Indian Medical Review
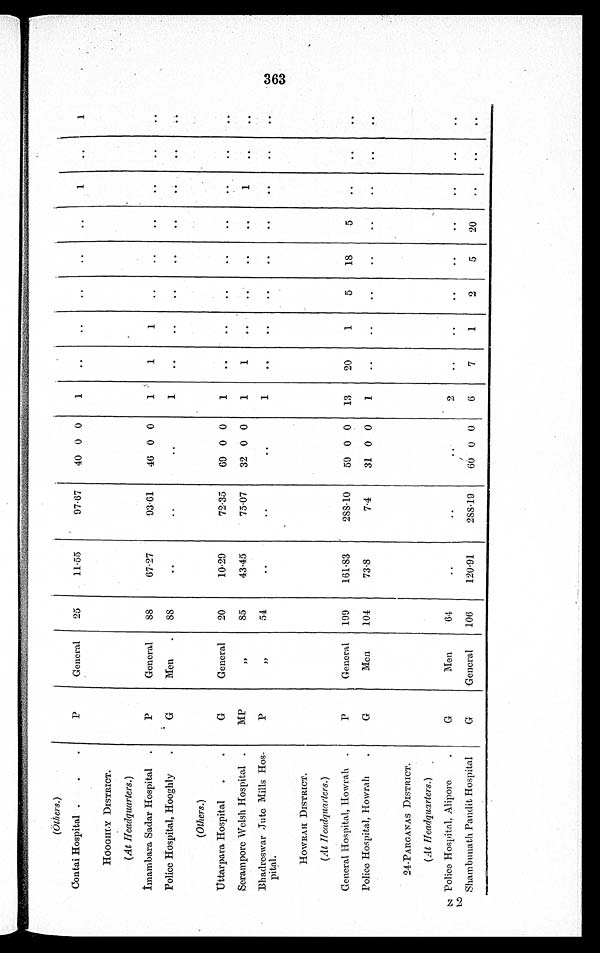
(Others.)
Contai Hospital
P
General
25
11·55
97·67
40 0 0
1
..
..
..
..
..
1
. .
1
HOOGHLY DISTRICT.
(At Headquarters.)
Imambara Sadar Hospital
P
General
8 8
67·27
93·61
46 0 0
1
1
1
. .
..
. .
. .
. .
. .
Police Hospital, Hooghly
G
Men
88
..
..
..
1
..
..
. .
. .
. .
. .
. .
. .
(Others.)
Uttarpara Hospital
G
General
20
10·29
72·35
69 0 0
1
..
..
..
..
. .
. .
. .
. .
Serampore Welsh Hospital
MP
, ,
85
43·45
75·07
32 0 0
1
1
. .
. .
. .
. .
1
. .
. .
Bhadreswar Jute Mills Hos-
pital.
P
, ,
54
. .
. .
. .
1
. .
. .
. .
..
..
. .
. .
. .
HOWRAH DISTRICT.
(At Headquarters.)
General Hospital, Howrah
P
General
199
161·83
288·10
59 0 0
13
20
1
5
18
5
. .
. .
. .
Police Hospital, Howrah
G
Men
104
73·8
7·4
3 1
0
0
1
. .
. .
. .
. .
. .
. .
. .
. .
24-PARGANAS DISTRICT.
( A t Headquarters.)
Police Hospital, Alipore
G
Men
64
..
..
..
2
. .
. .
. .
. .
. .
. .
. .
. .
Shambunath Pandit Hospital
G
General
106
120·91
288·19
60 0 0
6
7
1
2
5
20
. .
. .
. .
3 6 3